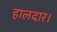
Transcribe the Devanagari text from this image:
हालदार।